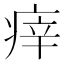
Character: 㾕